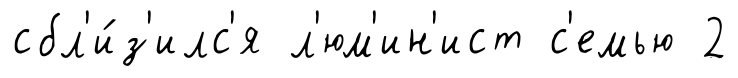
сбл'и́з'илс'я л'юм'ин'ист с'емью 2